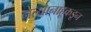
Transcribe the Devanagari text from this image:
नेत्यानाहूकडून